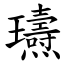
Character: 瓙